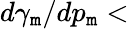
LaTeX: d\gamma_{\mathtt{m}}/dp_{\mathtt{m}}<